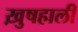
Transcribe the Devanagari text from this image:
ख़ुषहाली